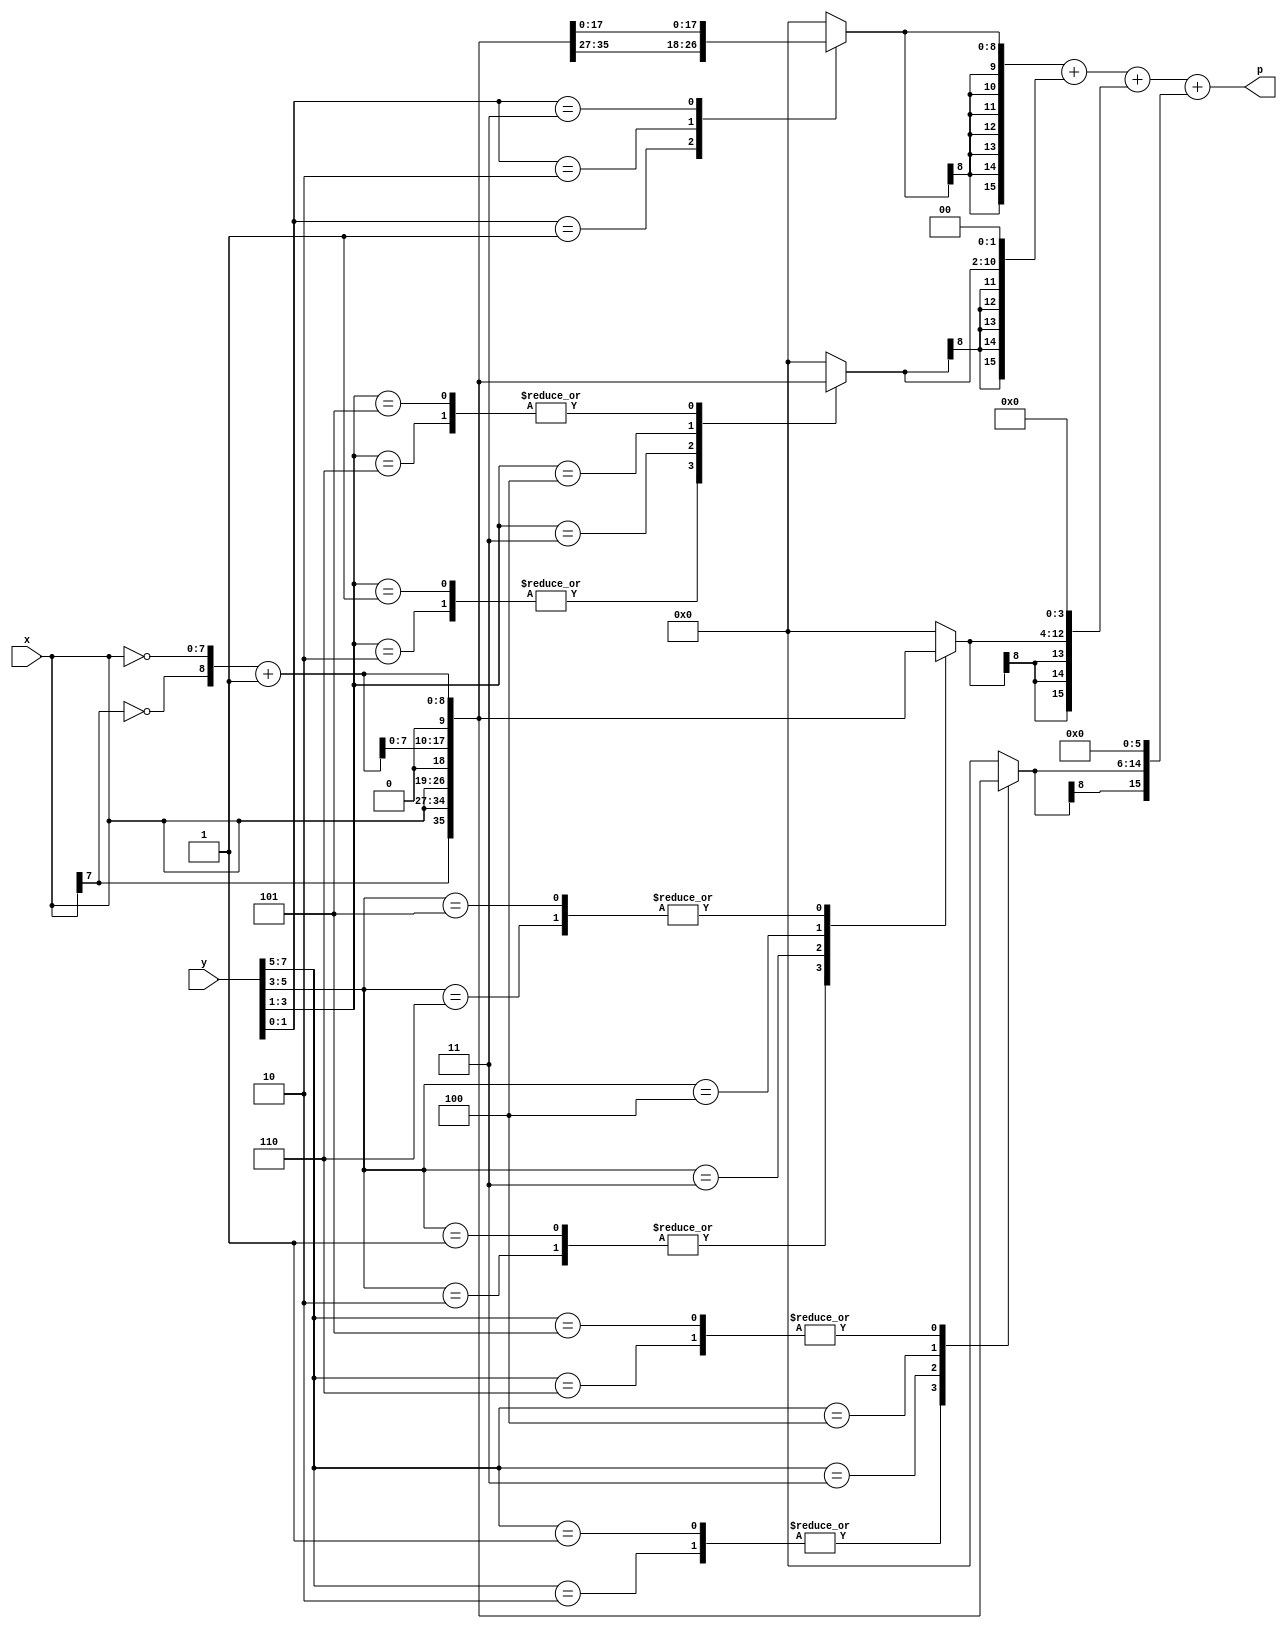
`timescale 1ns / 1ps
//////////////////////////////////////////////////////////////////////////////////
// Group: 33 
// Engineers : Nikhil - 15116036 , Samarth Naik - 15116047
// 
// Design Name: 
// Module Name:    mult8bit 
// Project Name: 
// Target Devices: 
// Tool versions: 
// Description: 
//
// Dependencies: 
//
// Revision: 
// Revision 0.01 - File Created
// Additional Comments: 
//
//////////////////////////////////////////////////////////////////////////////////

module mult8bit(
input[7:0] x,y,
output[15:0]p
   );

 reg [2:0] cc[3:0];
 reg [8:0] pp[3:0];
 reg [15:0] spp[3:0];
 reg [15:0] prod;
 wire [8:0] inv_x;
 integer kk,ii;
assign inv_x = {~x[7],~x}+1;
always @ (x or y or inv_x)
begin
 cc[0] = {y[1],y[0],1'b0};
 for(kk=1;kk<4;kk=kk+1)
 cc[kk] = {y[2*kk+1],y[2*kk],y[2*kk-1]};
 for(kk=0;kk<4;kk=kk+1)
 begin
 case(cc[kk])
 3'b001 , 3'b010 : pp[kk] = {x[7],x};
 3'b011 : pp[kk] = {x,1'b0};
 3'b100 : pp[kk] = {inv_x[7:0],1'b0};
 3'b101 , 3'b110 : pp[kk] = inv_x;
 default : pp[kk] = 0;
 endcase
 spp[kk] = $signed(pp[kk]);
 for(ii=0;ii<kk;ii=ii+1)
 spp[kk] = {spp[kk],2'b00}; //multiply by 2 to the power x or shifting operation
 end //for(kk=0;kk<N;kk=kk+1)
 prod = spp[0];

 for(kk=1;kk<4;kk=kk+1)
 prod = prod + spp[kk];
end
assign p = prod;

endmodule